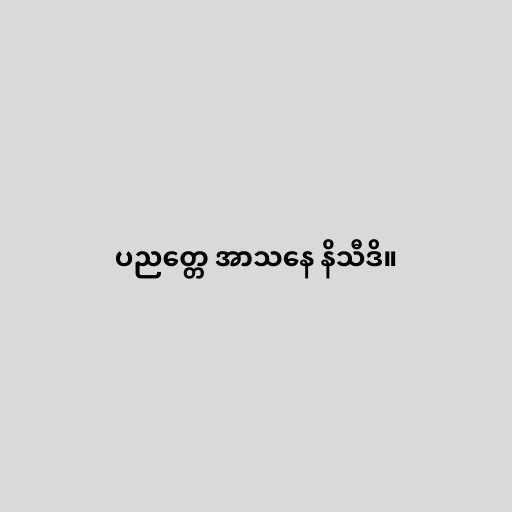
ပညတ္တေ အာသနေ နိသီဒိ။